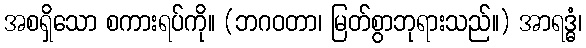
အစရှိသော စကားရပ်ကို။ (ဘဂဝတာ၊ မြတ်စွာဘုရားသည်။) အာရဒ္ဓံ၊